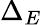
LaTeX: \Delta_{E}